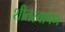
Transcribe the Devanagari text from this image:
शीतस्वापन